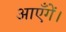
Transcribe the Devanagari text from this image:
आएँगें।